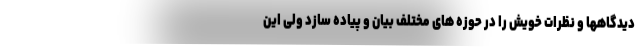
دیدگاهها و نظرات خویش را در حوزه های مختلف بیان و پیاده سازد ولی این